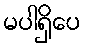
မပါရှိပေ